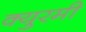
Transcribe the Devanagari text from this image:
क्युरमी